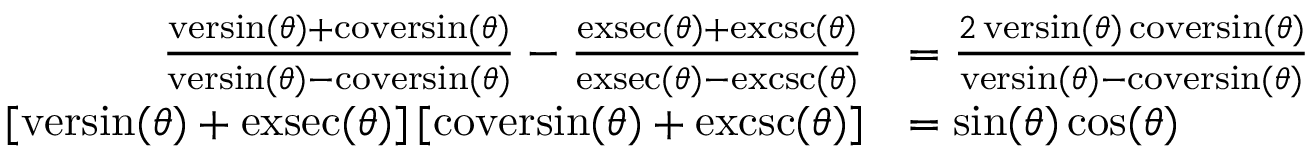
{ \begin{array} { r l } { { \frac { \operatorname { v e r s i n } ( \theta ) + \operatorname { c o v e r s i n } ( \theta ) } { \operatorname { v e r s i n } ( \theta ) - \operatorname { c o v e r s i n } ( \theta ) } } - { \frac { \operatorname { e x s e c } ( \theta ) + \operatorname { e x c s c } ( \theta ) } { \operatorname { e x s e c } ( \theta ) - \operatorname { e x c s c } ( \theta ) } } } & { = { \frac { 2 \operatorname { v e r s i n } ( \theta ) \operatorname { c o v e r s i n } ( \theta ) } { \operatorname { v e r s i n } ( \theta ) - \operatorname { c o v e r s i n } ( \theta ) } } } \\ { [ \operatorname { v e r s i n } ( \theta ) + \operatorname { e x s e c } ( \theta ) ] \, [ \operatorname { c o v e r s i n } ( \theta ) + \operatorname { e x c s c } ( \theta ) ] } & { = \sin ( \theta ) \cos ( \theta ) } \end{array} }